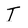
Character: T